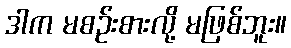
ဒါက မစဉ်းစားလို့ မဖြစ်ဘူး။